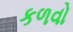
કળવો